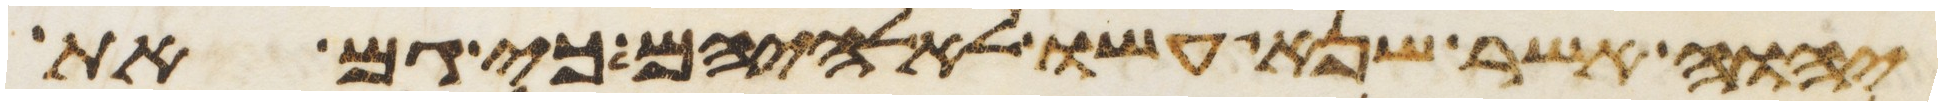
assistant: יהוה אשר שנא עשו לאלהיהם כי גם את